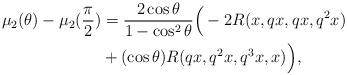
LaTeX: \begin{align*} \mu_{2}(\theta)-\mu_{2}(\frac{\pi}{2})&=\frac{2\cos\theta}{1-\cos^{2}\theta}\Big(-2R(x, qx, qx, q^{2}x)\\&+(\cos\theta) R(qx, q^{2}x, q^{3}x, x)\Big), \end{align*}